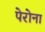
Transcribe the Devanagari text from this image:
पेरोना